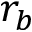
r _ { b }